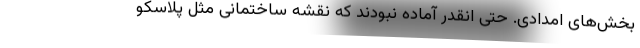
بخش‌های امدادی. حتی انقدر آماده نبودند که نقشه ساختمانی مثل پلاسکو